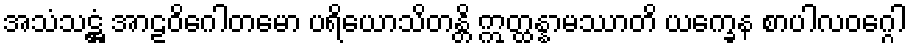
အသံသဋ္ဌံ အာဠဝိဂေါတမော ပရိယောသိတန္တိ ဣတ္ထန္နာမဿာတိ ယက္ခေန စာပါလဝဂ္ဂေါ